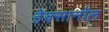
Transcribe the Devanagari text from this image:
हेक्सानॉल